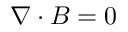
\ensuremath { \boldsymbol { \nabla } } \cdot \ensuremath { \boldsymbol { B } } = 0